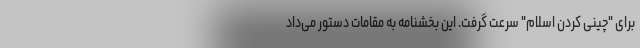
برای "چینی کردن اسلام" سرعت گرفت. این بخشنامه به مقامات دستور می‌داد